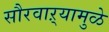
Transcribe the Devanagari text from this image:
सौरवाऱ्यामुळे